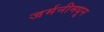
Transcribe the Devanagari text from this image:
जर्मनीमधून